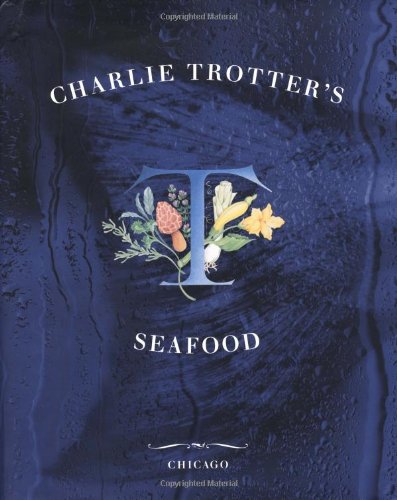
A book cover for Charlie Trotter's Seafood; Charlie Trotter; Cookbooks, Food & Wine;